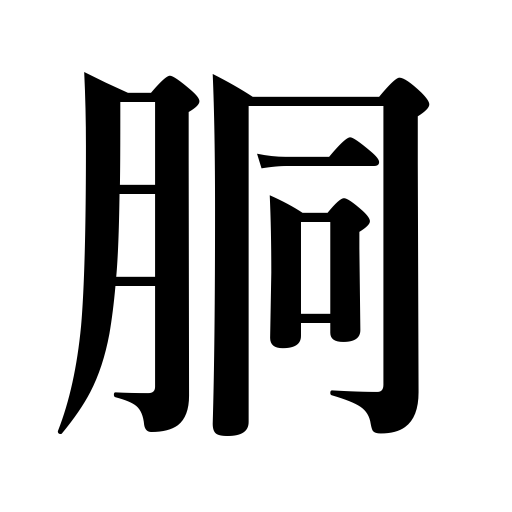
Meanings: body of a suit,cylinder of a drum,barrel of a horse,trunk of a body,torso,body armor,hull of a ship,hub of a wheel,bulge of a bucket,drum of a machine